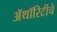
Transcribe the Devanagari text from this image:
ॲथॉरिटीचे